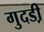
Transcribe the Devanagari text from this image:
गुदडी़